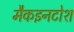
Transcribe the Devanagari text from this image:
मैकइनटोश